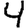
Digit: 4